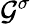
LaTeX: {\mathcal G}^{\sigma}